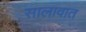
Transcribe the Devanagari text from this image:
सालावात